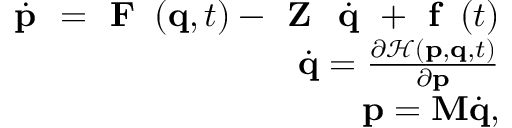
\begin{array} { r } { \dot { \textbf { p } } = \textbf { F } \left( \mathbf { q } , t \right) - \textbf { Z } \dot { \textbf { q } } + \textbf { f } \left( t \right) } \\ { \dot { \mathbf { q } } = \frac { \partial \mathcal { H } \left( \mathbf { p } , \mathbf { q } , t \right) } { \partial \mathbf { p } } } \\ { \mathbf { p } = \mathbf { M } \dot { \mathbf { q } } , } \end{array}